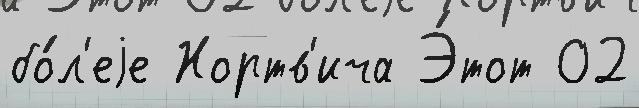
бо́л'еjе Нортв'ича Э́тот 02